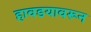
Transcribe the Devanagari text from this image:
हावडयावरून